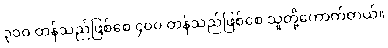
၃၀၀ တန်သည်ဖြစ်စေ ၄၀၀ တန်သည်ဖြစ်စေ သူတို့ကောက်တယ်။